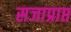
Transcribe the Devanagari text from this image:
सजाप्राप्त